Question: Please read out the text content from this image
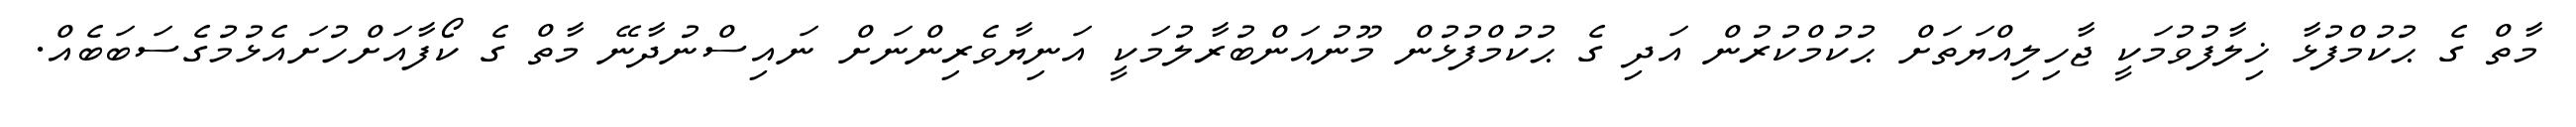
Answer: މާތް ގެ ޙުކުމްފުޅާ ޚިލާފުވުމަކީ ޖާހިލިއްޔަތަށް ޙުކުމްކުރުން އަދި ގެ ޙުކުމްފުޅުން މޫނުއަންބުރާލުމަކީ އަނިޔާވެރިންނަށް ނައިސްނުދާނޭ މާތް ގެ ކޯފާއަށްހުށައެޅުމުގެސަބަބެއް.